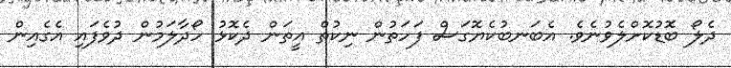
ދެލޯ ބޮޑުކޮށްލެވުނެވެ. އެބަނބުކެޔޮގަސް ފަހަތުން ނިކުތް އީތަން ދެކޮޅު ހޯދާލަމުން ދުވެފައި އެގެއިން